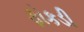
ફોકડી